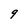
Character: 9